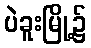
ပဲခူးမြို့၌